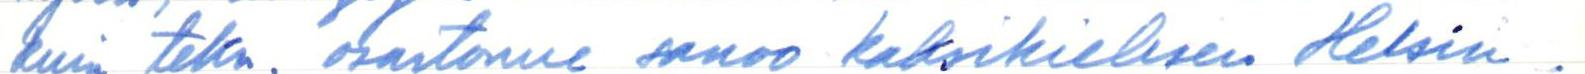
kuin tekn. osastonne sanoo kaksikielisen Helsin-